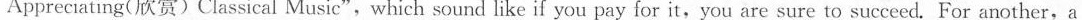
Appreciating(欣赏)Classical Music",which sound like if you pay for it,you are sure to succeed. For another,a